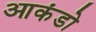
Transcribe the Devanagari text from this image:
आकंडो